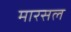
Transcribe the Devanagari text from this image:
मारसल